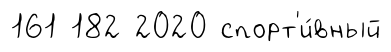
161 182 2020 спорт'и́вный